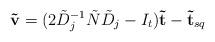
LaTeX: \begin{align*} \mathbf{\tilde{v}} = (2\tilde{D}_j^{-1} \tilde{N} \tilde{D}_{j}-I_{t})\mathbf{\tilde{t}} - \mathbf{\tilde{t}}_{sq}\end{align*}